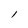
Character: l